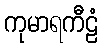
ကုမာရကီဠံ